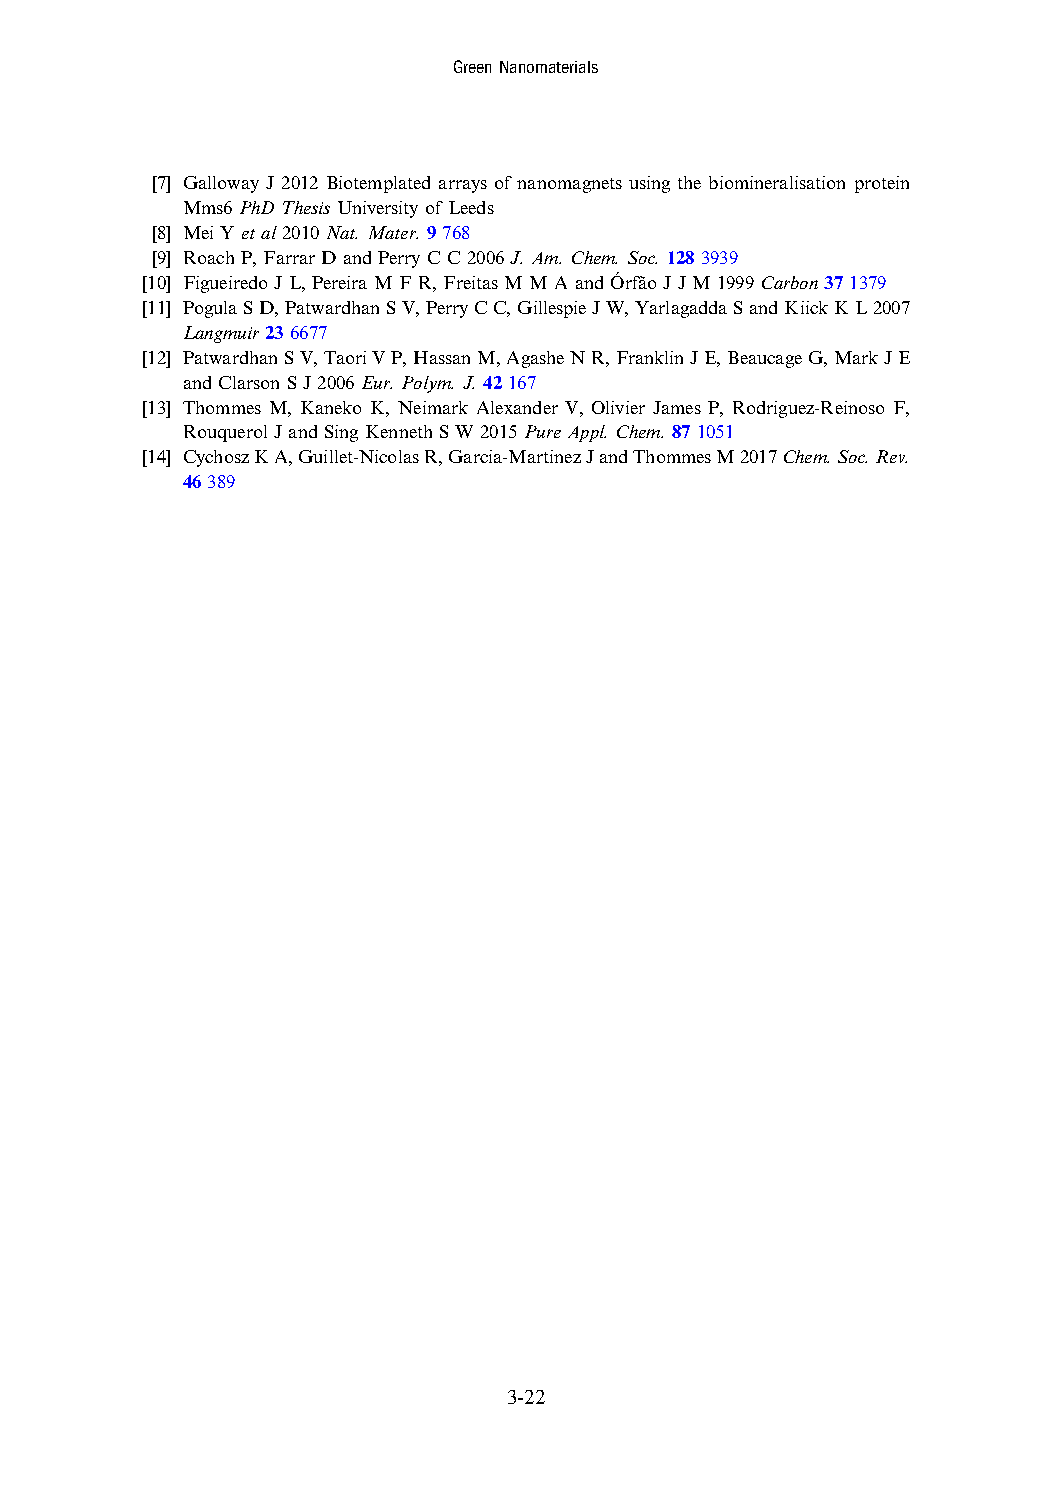
GreenNanomaterials
 [7] Galloway J 2012 Biotemplated arrays of nanomagnets using the biomineralisation protein
 Mms6PhDThesisUniversity ofLeeds
 [8] MeiYet al2010Nat.Mater.9768
 [9] RoachP,FarrarD andPerryCC2006J.Am. Chem.Soc.1283939
 [10] Figueiredo JL,PereiraMFR,FreitasMMAandÓrfão JJM1999Carbon371379
 [11] PogulaSD,PatwardhanSV,PerryCC,GillespieJW,YarlagaddaSandKiickKL2007
 Langmuir236677
 [12] PatwardhanSV,TaoriVP,HassanM,AgasheNR,FranklinJE,BeaucageG,MarkJE
 andClarsonSJ2006Eur.Polym.J.42167
 [13] Thommes M, Kaneko K, Neimark Alexander V, Olivier James P, Rodriguez-Reinoso F,
 Rouquerol JandSingKenneth SW2015PureAppl.Chem.871051
 [14] CychoszKA,Guillet-NicolasR,Garcia-MartinezJandThommesM2017Chem.Soc.Rev.
 46389
 3-22